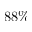
8 8 \%